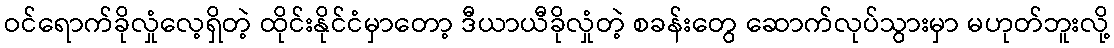
ဝင်ရောက်ခိုလှုံလေ့ရှိတဲ့ ထိုင်းနိုင်ငံမှာတော့ ဒီယာယီခိုလှုံတဲ့ စခန်းတွေ ဆောက်လုပ်သွားမှာ မဟုတ်ဘူးလို့